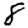
Digit: 8